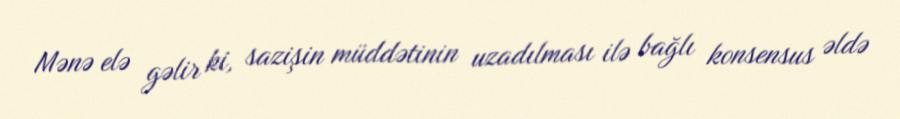
Mənə elə gəlir ki, sazişin müddətinin uzadılması ilə bağlı konsensus əldə